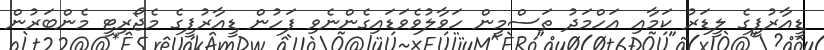
ޑީއާރުޕީގެ ލީޑަރު ކަމާއި އަހްމަދު ތަސްމީން ހަވާލުވެވަޑައިގެންނެވި ފަހުން ޑީއާރުޕީގެ މެޖޯރިޓީ މެންބަރުން